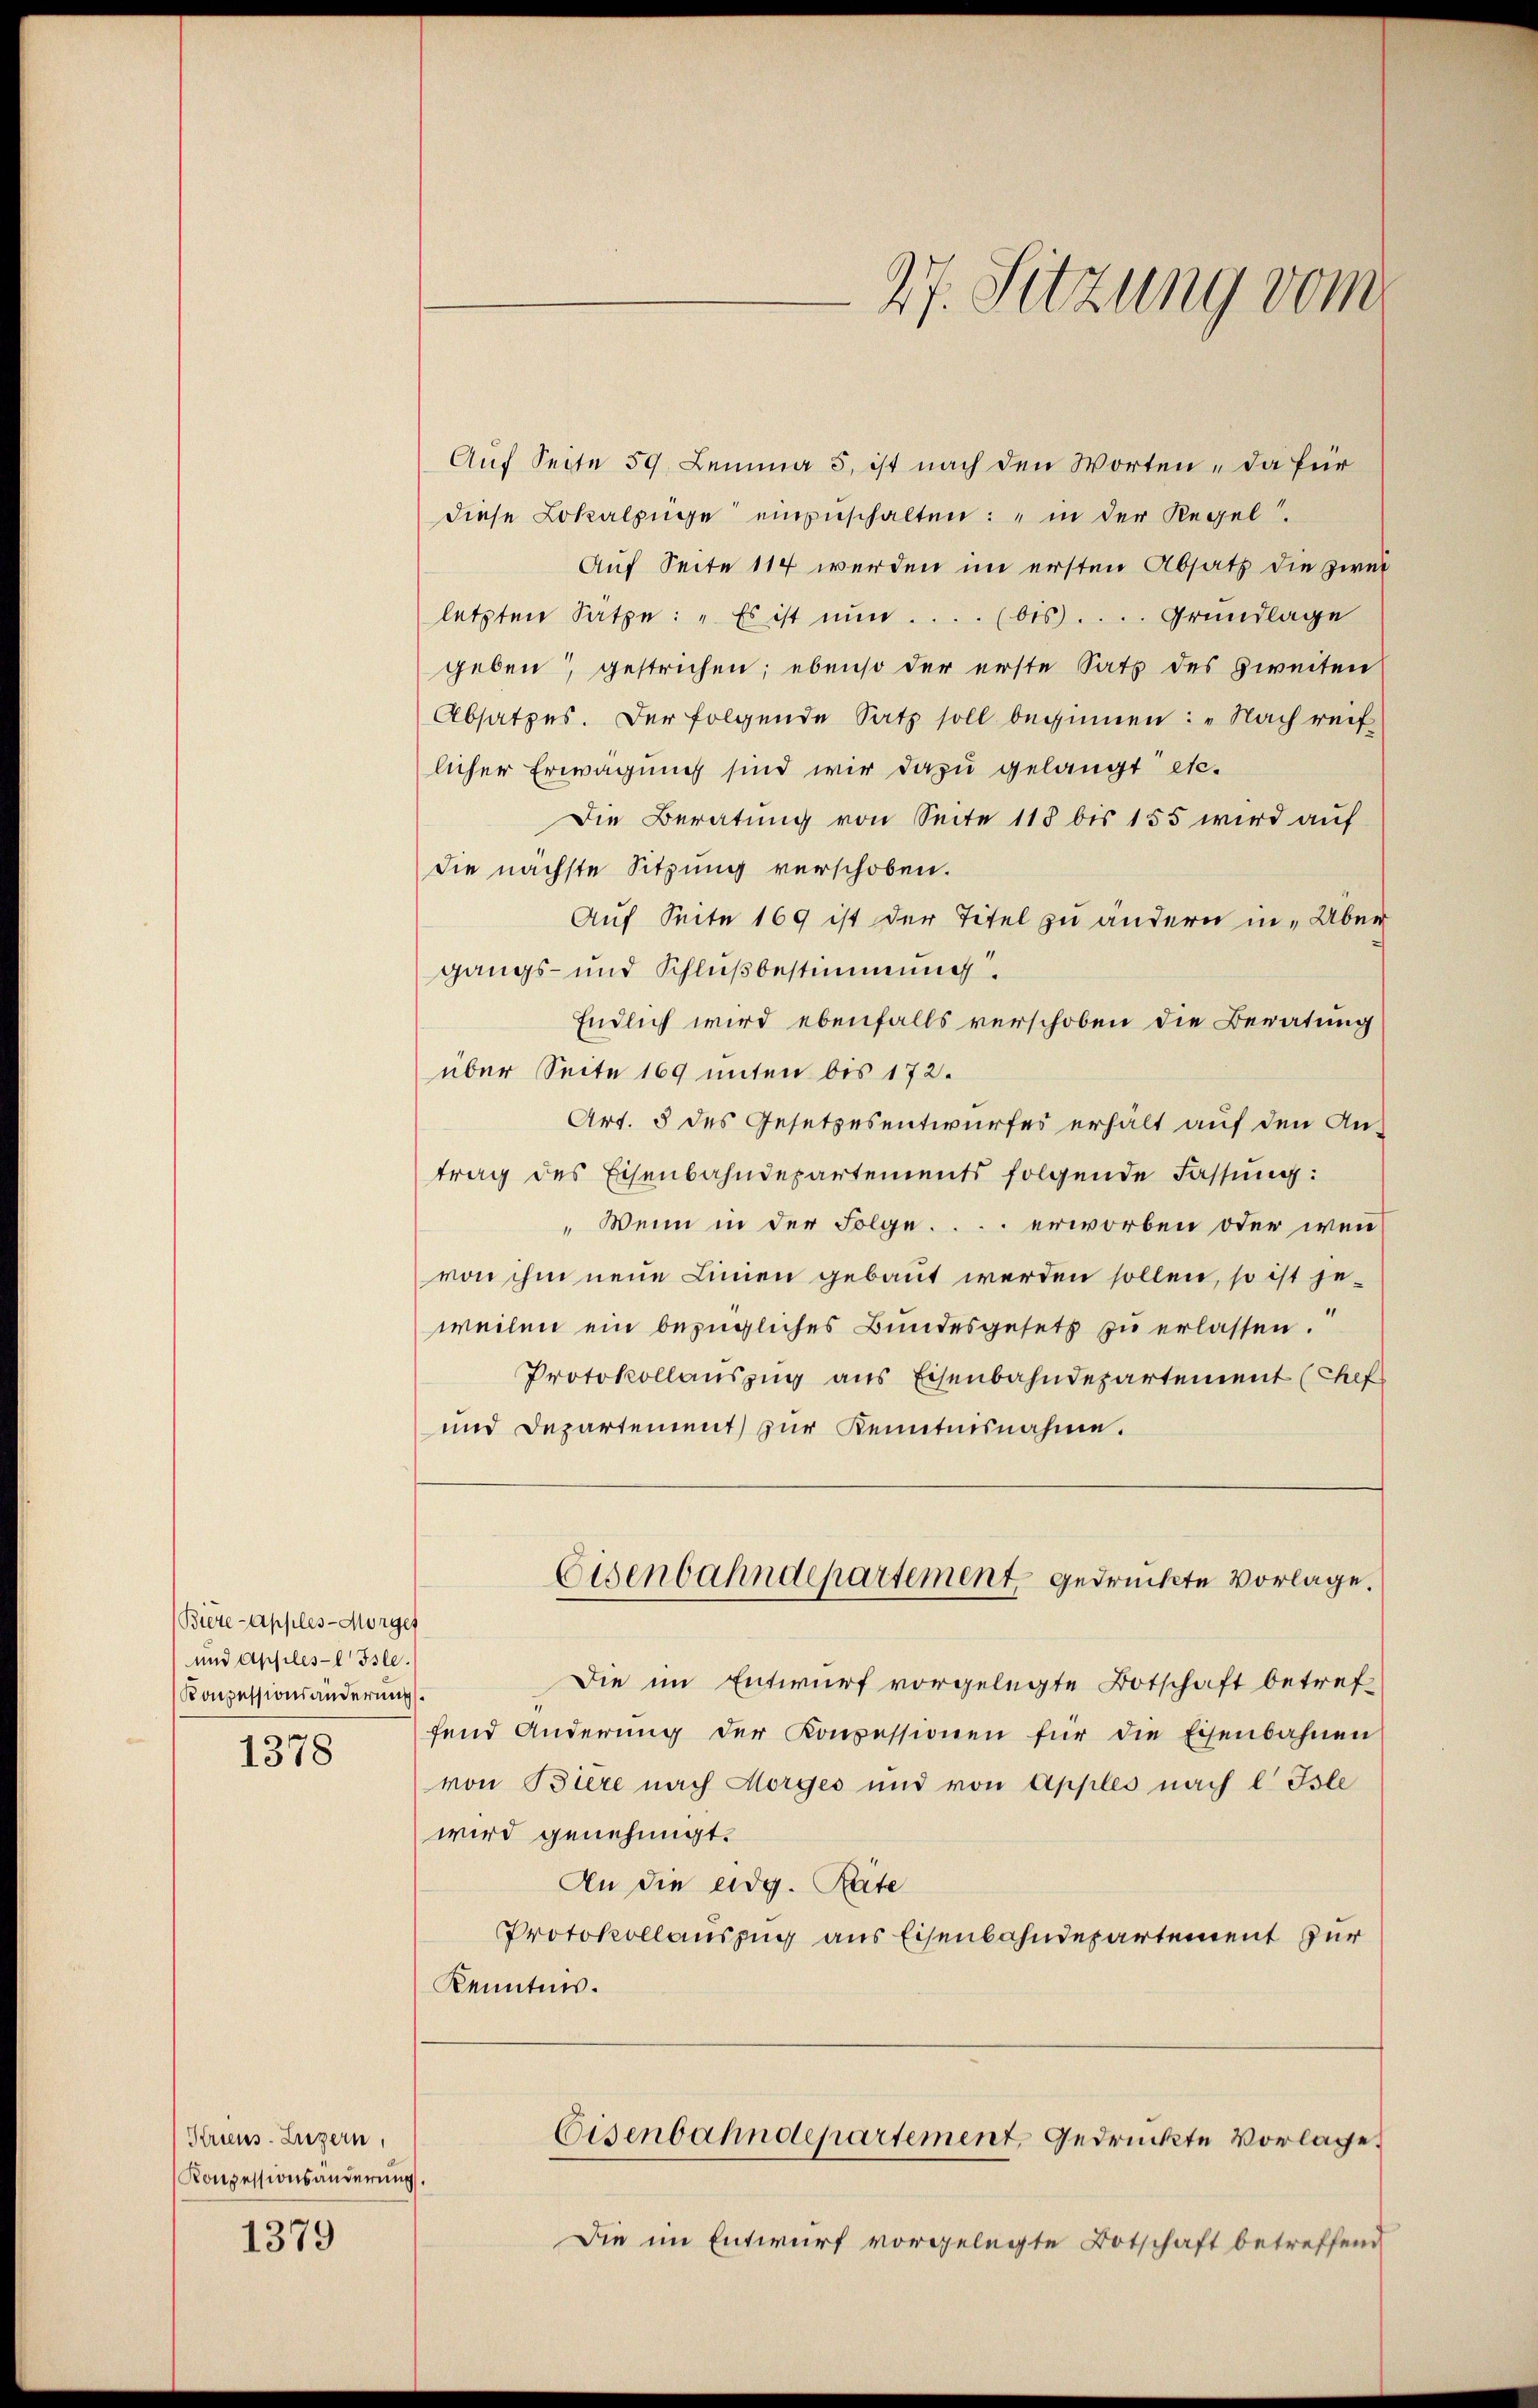
Biere apples-Morges
und Apples-l Isle.
Konpessionsänderung

1378

Kriens. Luzern,
Konzessionsänderung

1379

Auf Seite 59 Lemma 3 ist nach den Worten - da für
diese Lokalzüge einzuschalten: " in der Regel.
Auf Seite 114 werden im ersten Absatz die zwei
letzten Sätze: "Es ist nŭn.... (bis .... Grundlage
geben, gestrichen; ebenso der erste Satz des zweiten
Absatzes. Der folgende Satz soll beginnen: „Nach reif
licher Erwägung sind wir dazu gelangt etc.
Die Beratung von Seite 118 bis 155 wird auf
die nächste Sitzung verschoben.
Auf Seite 169 ist der Titel zu ändern in „Über
gangs- und Schlußbestimmung.
Endlich wird ebenfalls verschoben die Beratung
über Seite 169 unten bis 172.
Art. 5 des Gesetzesentwurfes erhält auf den An-
trag des Eisenbahndepartements folgende Fassung:
"Wenn in der Folge.... erworben oder wenvon ihm neue Linien gebaut werden sollen, so ist jeweilen ein bezügliches Bundesgesetz zu erlassen.
Protokollauszug aus Eisenbahndepartement (hef
und Departement zur Kenntnisnahme.
Eisenbahndepartement gedruckte Vorlage.
Die im Entwurf vorgelegte Botschaft betref
fend Anderŭng der Konzessionen für die Eisenbahnen
von Biere nach Horges und von Apples nach l Isle
wird genehmigt.
An die eidg. Räte
Protokollauszug aus Eisenbahndepartement zur
Kenntnis.
Eisenbahndepartement gedruckte Vorlage.
e
Die im Entwurf vorgelegte Botschaft betreffend

27. Sitzung vom